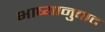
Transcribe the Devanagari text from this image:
भाष्यानुवाद